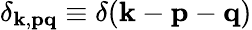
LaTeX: \delta_{{\mathbf k},{\mathbf p}{\mathbf q}}\equiv\delta({\mathbf k}-{\mathbf p}-{\mathbf q})